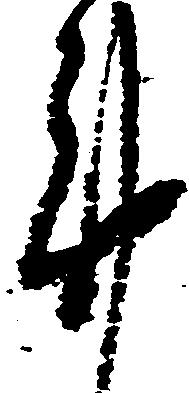
謹